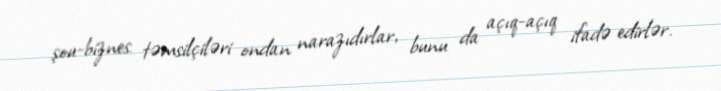
şou-biznes təmsilçiləri ondan narazıdırlar, bunu da açıq-açıq ifadə edirlər.